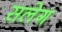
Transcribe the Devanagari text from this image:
सलेग